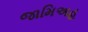
જામિઅહ